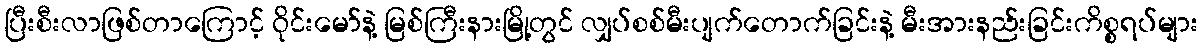
ပြီးစီးလာဖြစ်တာကြောင့် ဝိုင်းမော်နဲ့ မြစ်ကြီးနားမြို့တွင် လျှပ်စစ်မီးပျက်တောက်ခြင်းနဲ့ မီးအားနည်းခြင်းကိစ္စရပ်များ